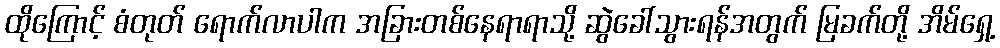
ထိုကြောင့် စံတုတ် ရောက်လာပါက အခြားတစ်နေရာရာသို့ ဆွဲခေါ်သွားရန်အတွက် မြခက်တို့ အိမ်ရှေ့